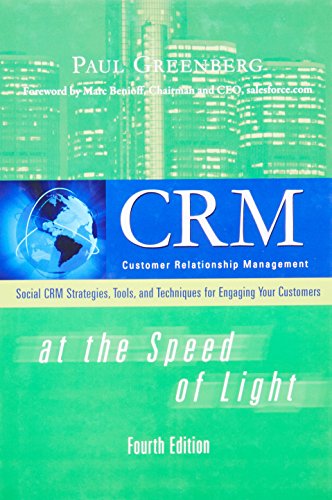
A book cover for CRM at the Speed of Light, Fourth Edition: Social CRM 2.0 Strategies, Tools, and Techniques for Engaging Your Customers; Paul Greenberg; Computers & Technology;